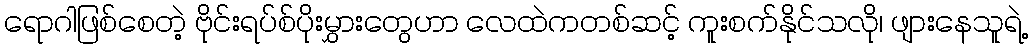
ရောဂါဖြစ်စေတဲ့ ဗိုင်းရပ်စ်ပိုးမွှားတွေဟာ လေထဲကတစ်ဆင့် ကူးစက်နိုင်သလို၊ ဖျားနေသူရဲ့